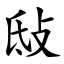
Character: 㪆